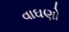
વાઘણો